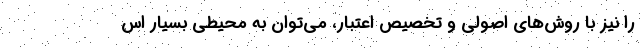
را نیز با روش‌های اصولی و تخصیص اعتبار، می‌توان به محیطی بسیار اس